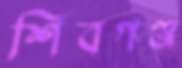
শিবগঞ্জ